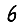
Digit: 6